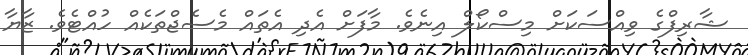
ޝާރިފްގެ ވިއްސަކަށް މިސްކޯލް އިނެވެ. މާފަށް އެދި އެތައް މެސެޖްތަކެއް ހުއްޓެވެ. ޒާޔާ